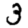
Digit: 3